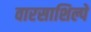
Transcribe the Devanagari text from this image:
वारसाशिल्पे